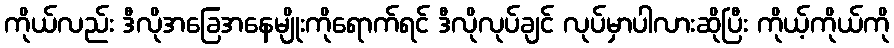
ကိုယ်လည်း ဒီလိုအခြေအနေမျိုးကိုရောက်ရင် ဒီလိုလုပ်ချင် လုပ်မှာပါလားဆိုပြီး ကိုယ့်ကိုယ်ကို